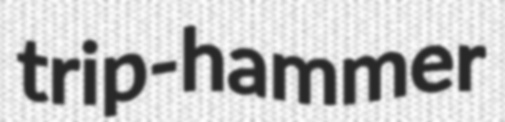
trip-hammer